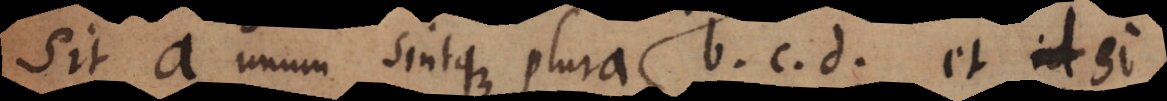
Sit a unum sintque plura b c d et si